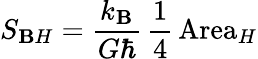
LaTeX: S_{\mathbf{B}H}=\frac{{k_{\mathbf{B}}}}{{G\hbar}}\, \frac{{1}}{{4}}\, \mathrm{{Area}}_{H}